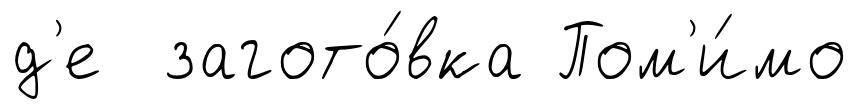
д'е загото́вка Пом'и́мо